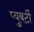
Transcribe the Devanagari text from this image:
प्युबर्टी